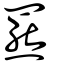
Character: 羆